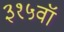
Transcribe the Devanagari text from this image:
३१५वॉ